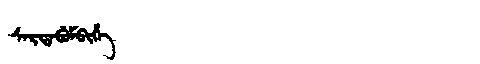
Manchu: ᠰᠠᡵᡨᠠᠪᡠᠮᠪᡳᡥᡝ
Romanization: SARTABUMBIHE